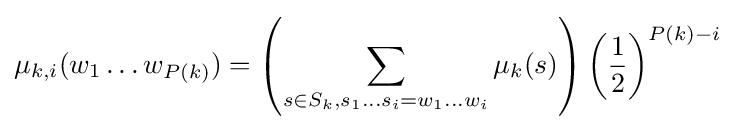
\mu _{k,i}(w_{1}\ldots w_{P(k)})=\left(\sum _{s\in S_{k},s_{1}\ldots s_{i}=w_{1}\ldots w_{i}}\mu _{k}(s)\right)\left({\frac {1}{2}}\right)^{P(k)-i}